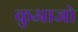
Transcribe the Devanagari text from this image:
कुआजो